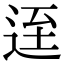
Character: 𨒬